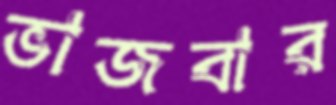
ভাজবার